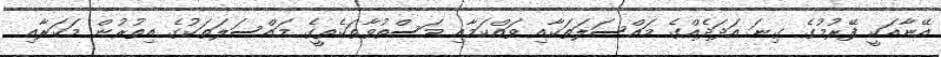
އޭނާއަކީ ފޭރުމުގެ ގިނަ އަދަދެއްގެ މައްސަލަތަކާއި ވައްކަމާއި މަސްތުވާތަކެތީގެ މައްސަލަތަކުގެ އިތުރުން މަކަރާއި